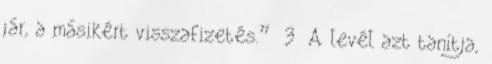
jár, a másikért visszafizetés.” 3 A levél azt tanítja,